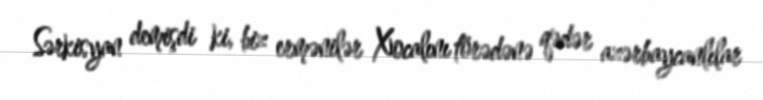
Sərkisyan demişdi ki, biz ermənilər Xocalını törədənə qədər azərbaycanlılar